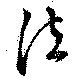
法